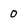
Character: 0